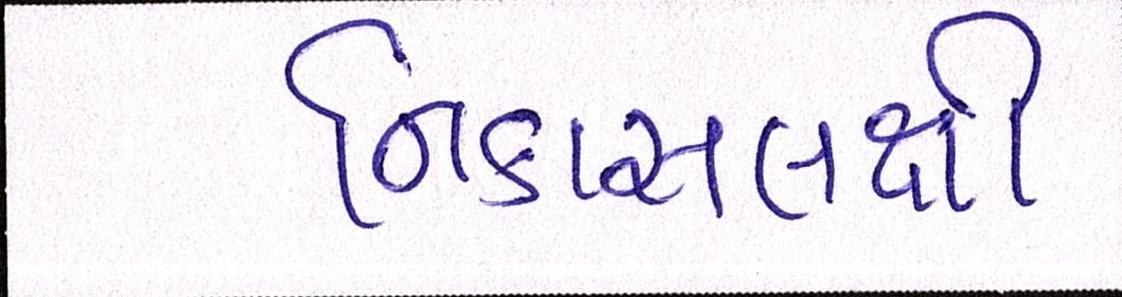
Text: નિકાસલક્ષી